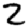
Digit: 2